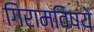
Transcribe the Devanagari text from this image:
गिरामविषये